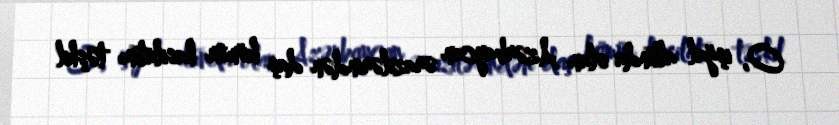
O, işğal altında olan Azərbaycan ərazilərindən daş kömür hasilatını təşkil